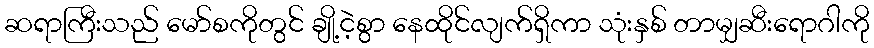
ဆရာကြီးသည် မော်စကိုတွင် ချို့ငဲ့စွာ နေထိုင်လျက်ရှိကာ သုံးနှစ် တာမျှဆီးရောဂါကို